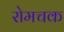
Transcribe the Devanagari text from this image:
रोमचक